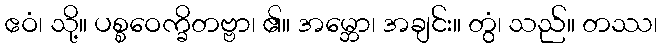
ဧဝံ၊ သို့။ ပစ္စဝေက္ခိတဗ္ဗာ၊ ၏။ အမ္ဘော၊ အချင်း။ တွံ၊ သည်။ တဿ၊